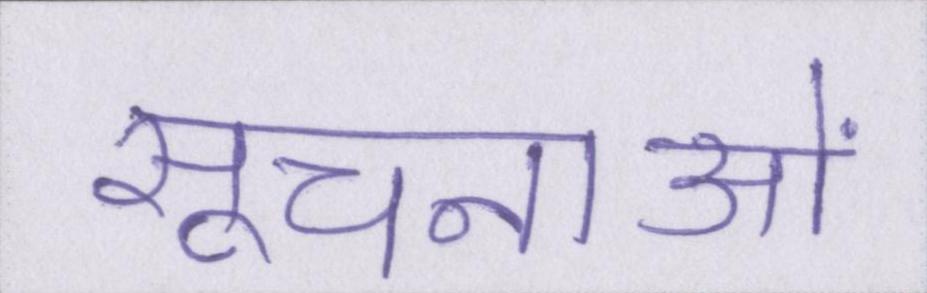
सूचनाओं